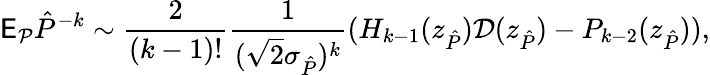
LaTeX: \mathsf E_{\mathcal P}\hat{P}^{-k}\sim\frac{2}{(k-1)!}\frac{1}{(\sqrt 2\sigma_{\hat{P}})^{k}}(H_{k-1}(z_{\hat{P}})\mathcal D(z_{\hat{P}})-P_{k-2}(z_{\hat{P}})),